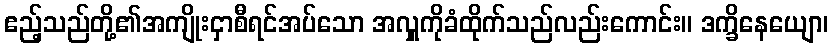
ဧည့်သည်တို့၏အကျိုးငှာစီရင်အပ်သော အလှူကိုခံထိုက်သည်လည်းကောင်း။ ဒက္ခိနေယျော၊